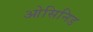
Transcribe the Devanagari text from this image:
ओसिनिड